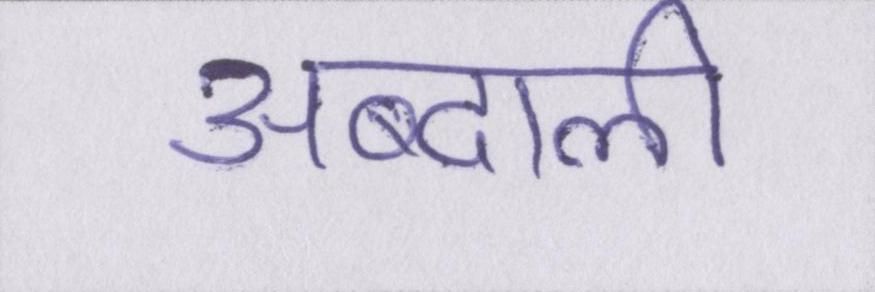
अब्दाली